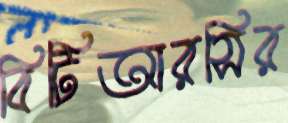
বিটিআরসির